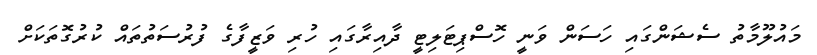
މައުލޫމާތު ސެޝަންގައި ހަސަން ވަނީ ހޮސްޕިޓަލިޓީ ދާއިރާގައި ހުރި ވަޒީފާގެ ފުރުސަތުތައް ކުރުގޮތަކަށް